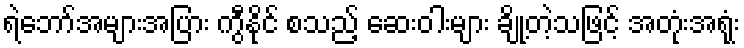
ရဲဘော်အများအပြား ကွီနိုင် စသည့် ဆေးဝါးများ ချို့တဲ့သဖြင့် အတုံးအရုံး